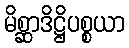
မိစ္ဆာဒိဋ္ဌိပစ္စယာ